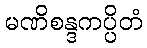
မဏိစန္ဒကပ္ပိတံ